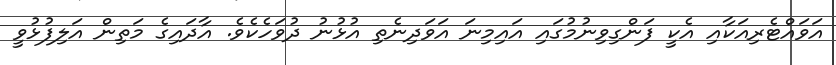
އަވައްޓެރިއަކާއި އެކީ ފަންގިވިނުމުގައި އައިިމިނަ އަވަދިނެތި އުޅުނު ދުވަހެކެވެ. އާދައިގެ މަތިން އަލިފުޅުވީ